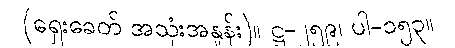
(ရှေးခေတ် အသုံးအနှုန်း)။ ဋ္ဌ-၂၅၉၊ ပါ-၁၅၃။